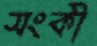
সংকী